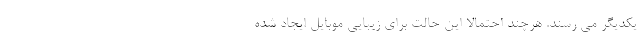
یکدیگر می رسند. هرچند احتمالا این حالت برای زیبایی موبایل ایجاد شده